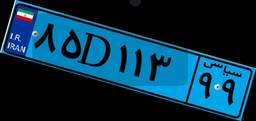
۸۵D۱۱۳۹۹